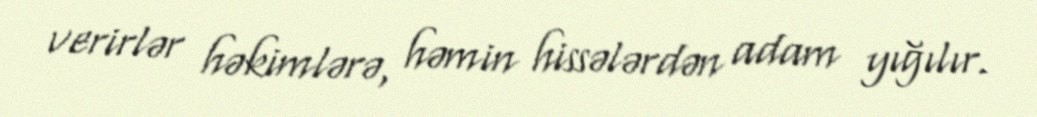
verirlər həkimlərə, həmin hissələrdən adam yığılır.